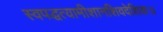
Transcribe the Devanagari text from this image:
स्वपद्धत्यामीशानशिवदेशिकः।।